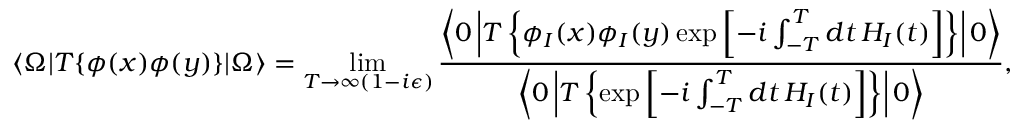
\langle \Omega | T \{ \phi ( x ) \phi ( y ) \} | \Omega \rangle = \operatorname* { l i m } _ { T \to \infty ( 1 - i \epsilon ) } { \frac { \left\langle 0 \left| T \left\{ \phi _ { I } ( x ) \phi _ { I } ( y ) \exp \left[ - i \int _ { - T } ^ { T } d t \, H _ { I } ( t ) \right] \right\} \right| 0 \right\rangle } { \left\langle 0 \left| T \left\{ \exp \left[ - i \int _ { - T } ^ { T } d t \, H _ { I } ( t ) \right] \right\} \right| 0 \right\rangle } } ,